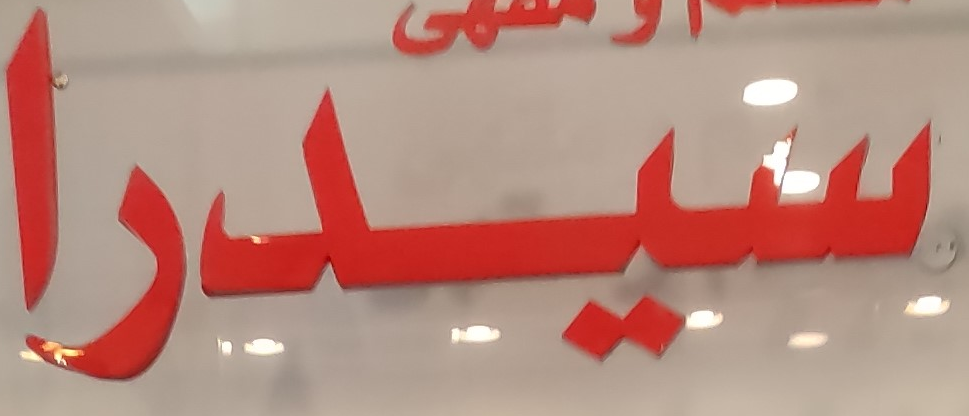
سيدرا